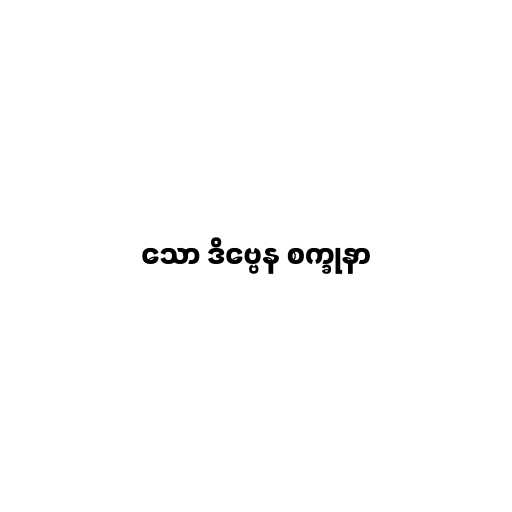
သော ဒိဗ္ဗေန စက္ခုနာ